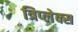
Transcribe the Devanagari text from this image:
त्रिप्लेक्स